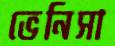
ভেনিসা